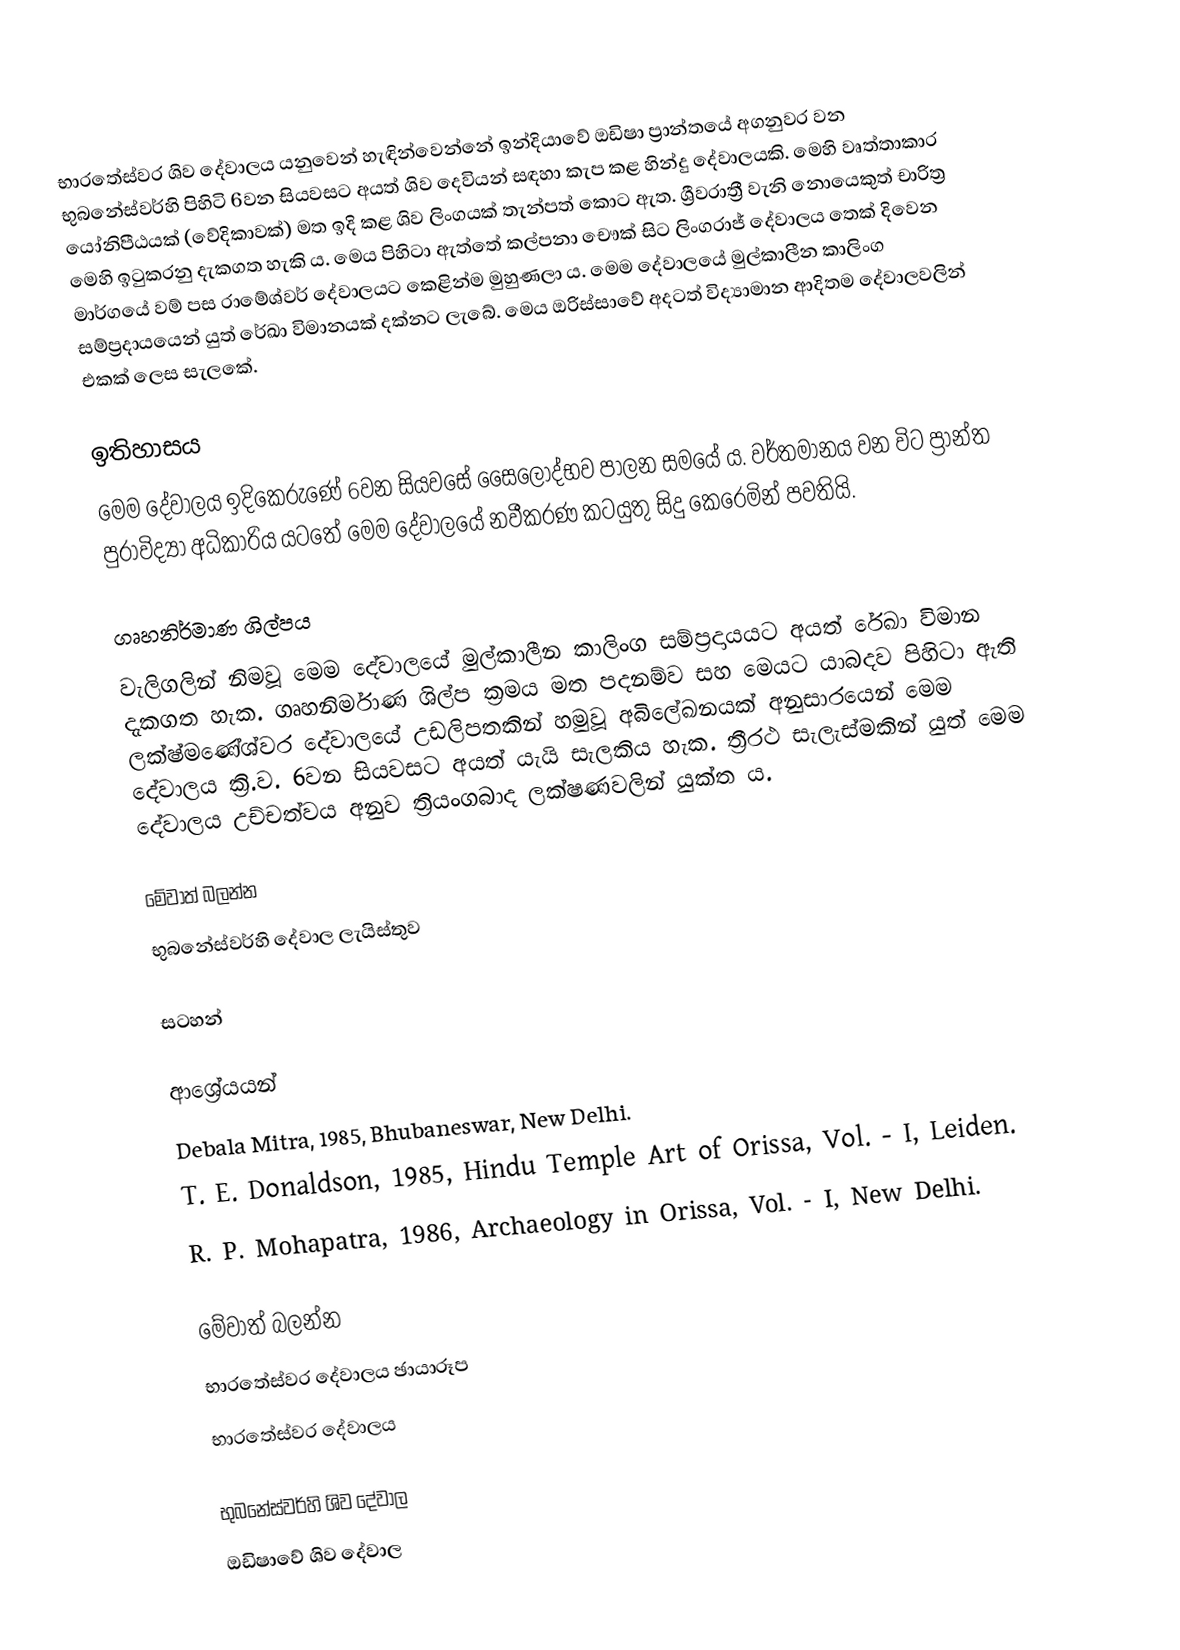
භාරතේස්වර ශිව දේවාලය යනුවෙන් හැඳින්වෙන්නේ ඉන්දියාවේ ඔඩිෂා ප්‍රාන්තයේ අගනුවර වන භුබනේස්වර්හි පිහිටි 6වන සියවසට අයත් ශිව දෙවියන් සඳහා කැප කළ හින්දු දේවාලයකි. මෙහි වෘත්තාකාර යෝනිපීඨයක් (වේදිකාවක්) මත ඉදි කළ ශිව ලිංගයක් තැන්පත් කොට ඇත. ශ්‍රීවරාත්‍රී වැනි නොයෙකුත් චාරිත්‍ර මෙහි ඉටුකරනු දැකගත හැකි ය. මෙය පිහිටා ඇත්තේ කල්පනා චෞක් සිට ලිංගරාජ් දේවාලය තෙක් දිවෙන මාර්ගයේ වම් පස රාමේශ්වර් දේවාලයට කෙළින්ම මුහුණලා ය. මෙම දේවාලයේ මුල්කාලීන කාලිංග සම්ප්‍රදායයෙන් යුත් රේඛා විමානයක් දක්නට ලැබේ. මෙය ඔරිස්සාවේ අදටත් විද්‍යාමාන ආදිතම දේවාලවලින් එකක් ලෙස සැලකේ.

ඉතිහාසය
මෙම දේවාලය ඉදිකෙරුණේ 6වන සියවසේ සෛලෝද්භව පාලන සමයේ ය. වර්තමානය වන විට ප්‍රාන්ත පුරාවිද්‍යා අධිකාරිය යටතේ මෙම දේවාලයේ නවීකරණ කටයුතු සිදු කෙරෙමින් පවතියි.

ගෘහනිර්මාණ ශිල්පය
වැලිගලින් නිමවූ මෙම දේවාලයේ මුල්කාලීන කාලිංග සම්ප්‍රදායයට අයත් රේඛා විමාන දැකගත හැක. ගෘහනිර්මාණ ශිල්ප ක්‍රමය මත පදනම්ව සහ මෙයට යාබදව පිහිටා ඇති ලක්ෂ්මණේශ්වර දේවාලයේ උඩලිපතකින් හමුවූ අබිලේඛනයක් අනුසාරයෙන් මෙම දේවාලය ක්‍රි.ව. 6වන සියවසට අයත් යැයි සැලකිය හැක. ත්‍රීරථ සැලැස්මකින් යුත් මෙම දේවාල‍ය උච්චත්වය අනුව ත්‍රියංගබාද ලක්ෂණවලින් යුක්ත ය.

මේවාත් බලන්න
 භුබනේස්වර්හි දේවාල ලැයිස්තුව

සටහන්

ආශ්‍රේයයන්
 Debala Mitra, 1985, Bhubaneswar, New Delhi.
 T. E. Donaldson, 1985, Hindu Temple Art of Orissa, Vol. - I, Leiden.
 R. P. Mohapatra, 1986, Archaeology in Orissa, Vol. - I, New Delhi.

මේවාත් බලන්න
 භාරතේස්වර දේවාලය ඡායාරූප
 භාරතේස්වර දේවාලය

භුබනේස්වර්හි ශිව දේවාල
ඔඩිෂාවේ ශිව දේවාල